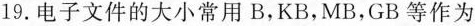
19.电子文件的大小常用B，KB，MB，GB等作为